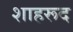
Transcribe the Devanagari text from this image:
शाहरूद